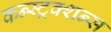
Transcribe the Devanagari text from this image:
कन्स्ट्रक्शन्स